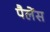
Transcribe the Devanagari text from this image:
पैलेंस